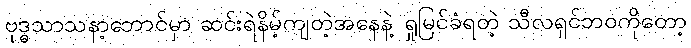
ဗုဒ္ဓသာသနာ့ဘောင်မှာ ဆင်းရဲနိမ့်ကျတဲ့အနေနဲ့ ရှုမြင်ခံရတဲ့ သီလရှင်ဘဝကိုတော့